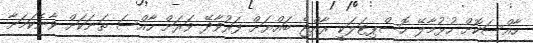
ހާއްސަކޮށް ހުޅުމާލޭ ހޮސްޕިޓަލަކީ ރާއްޖެ ބައްޔަށް ފަރުވާދޭ ވަރަށް ހާއްސަ ތަަނަކަށް ވާނެކަމަށާ